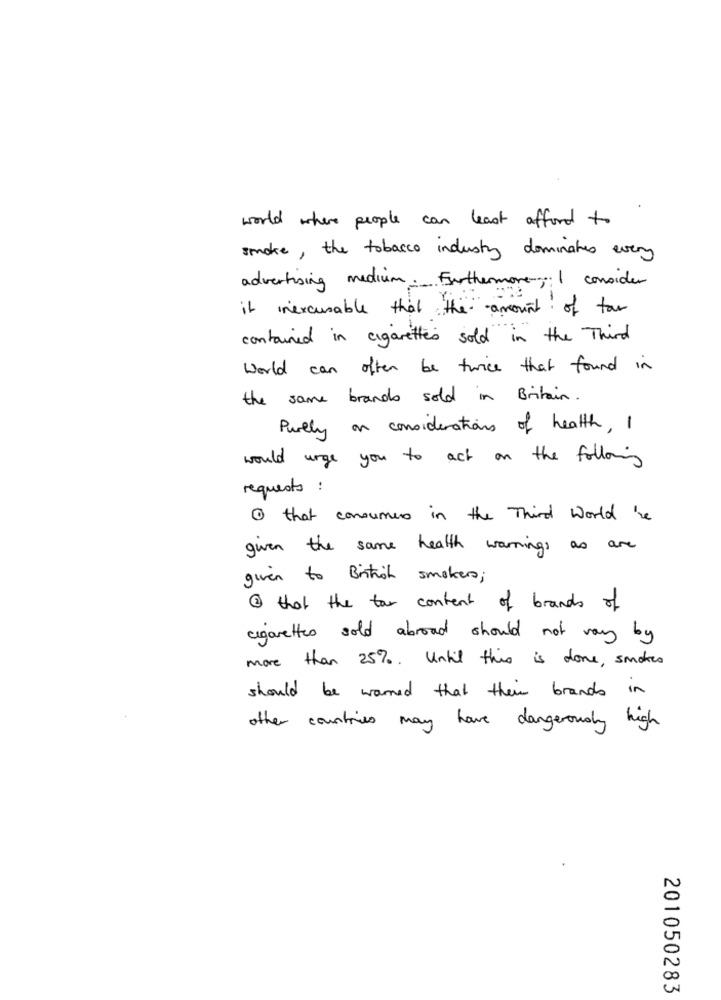
world where people can least afford to
smoke, the tobacco industry dominates every
advertising medium. Furthermore; I consider
it inexcusable that the amount of far
contained in cigarettes sold in the Third
world can often be twice that found in
the same brands sold in Britain.
Purely on consideration of health, I
would urge you to act on the following
requests :
1 that consumers in the Third World 'he
given the same health warnings as are
given to British smokers;
3 that the for content of brands of
cigarettes sold abroad should not vary by
more than 25%. Until this is done, smokes
should be warned that their brands in
other countries may have dangerously high
N
20
IN
201050283